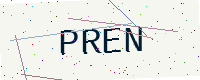
Text: PREN